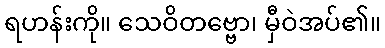
ရဟန်းကို။ သေဝိတဗ္ဗော၊ မှီဝဲအပ်၏။